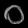
Digit: ၀